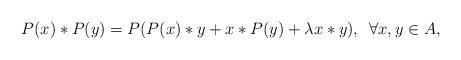
LaTeX: \begin{align*}P(x)\ast P(y)=P(P(x)\ast y+x\ast P(y)+\lambda x\ast y), \,\,\,\forall x,y\in A,\end{align*}